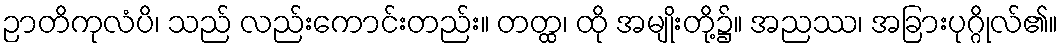
ဉာတိကုလံပိ၊ သည် လည်းကောင်းတည်း။ တတ္ထ၊ ထို အမျိုးတို့၌။ အညဿ၊ အခြားပုဂ္ဂိုလ်၏။